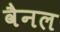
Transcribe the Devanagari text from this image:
वैनल